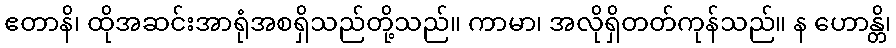
ဧတာနိ၊ ထိုအဆင်းအာရုံအစရှိသည်တို့သည်။ ကာမာ၊ အလိုရှိတတ်ကုန်သည်။ န ဟောန္တိ၊